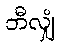
ဘီလျှံ